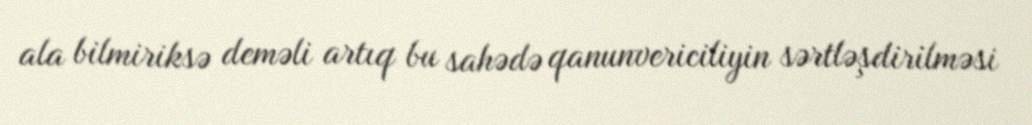
ala bilmiriksə deməli artıq bu sahədə qanunvericiliyin sərtləşdirilməsi